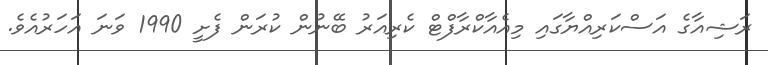
ރަޝިއާގެ އަސްކަރިއްޔާގައި މިއެއާކްރާފްޓް ކެރިއަރު ބޭނުން ކުރަން ފެށީ 1990 ވަނަ އަހަރުއެވެ.